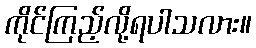
ကိုင်ကြည့်လို့ရပါသလား။